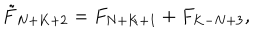
\tilde { F } _ { N + K + 2 } = F _ { N + K + 1 } + F _ { K - N + 3 } ,